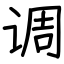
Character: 调